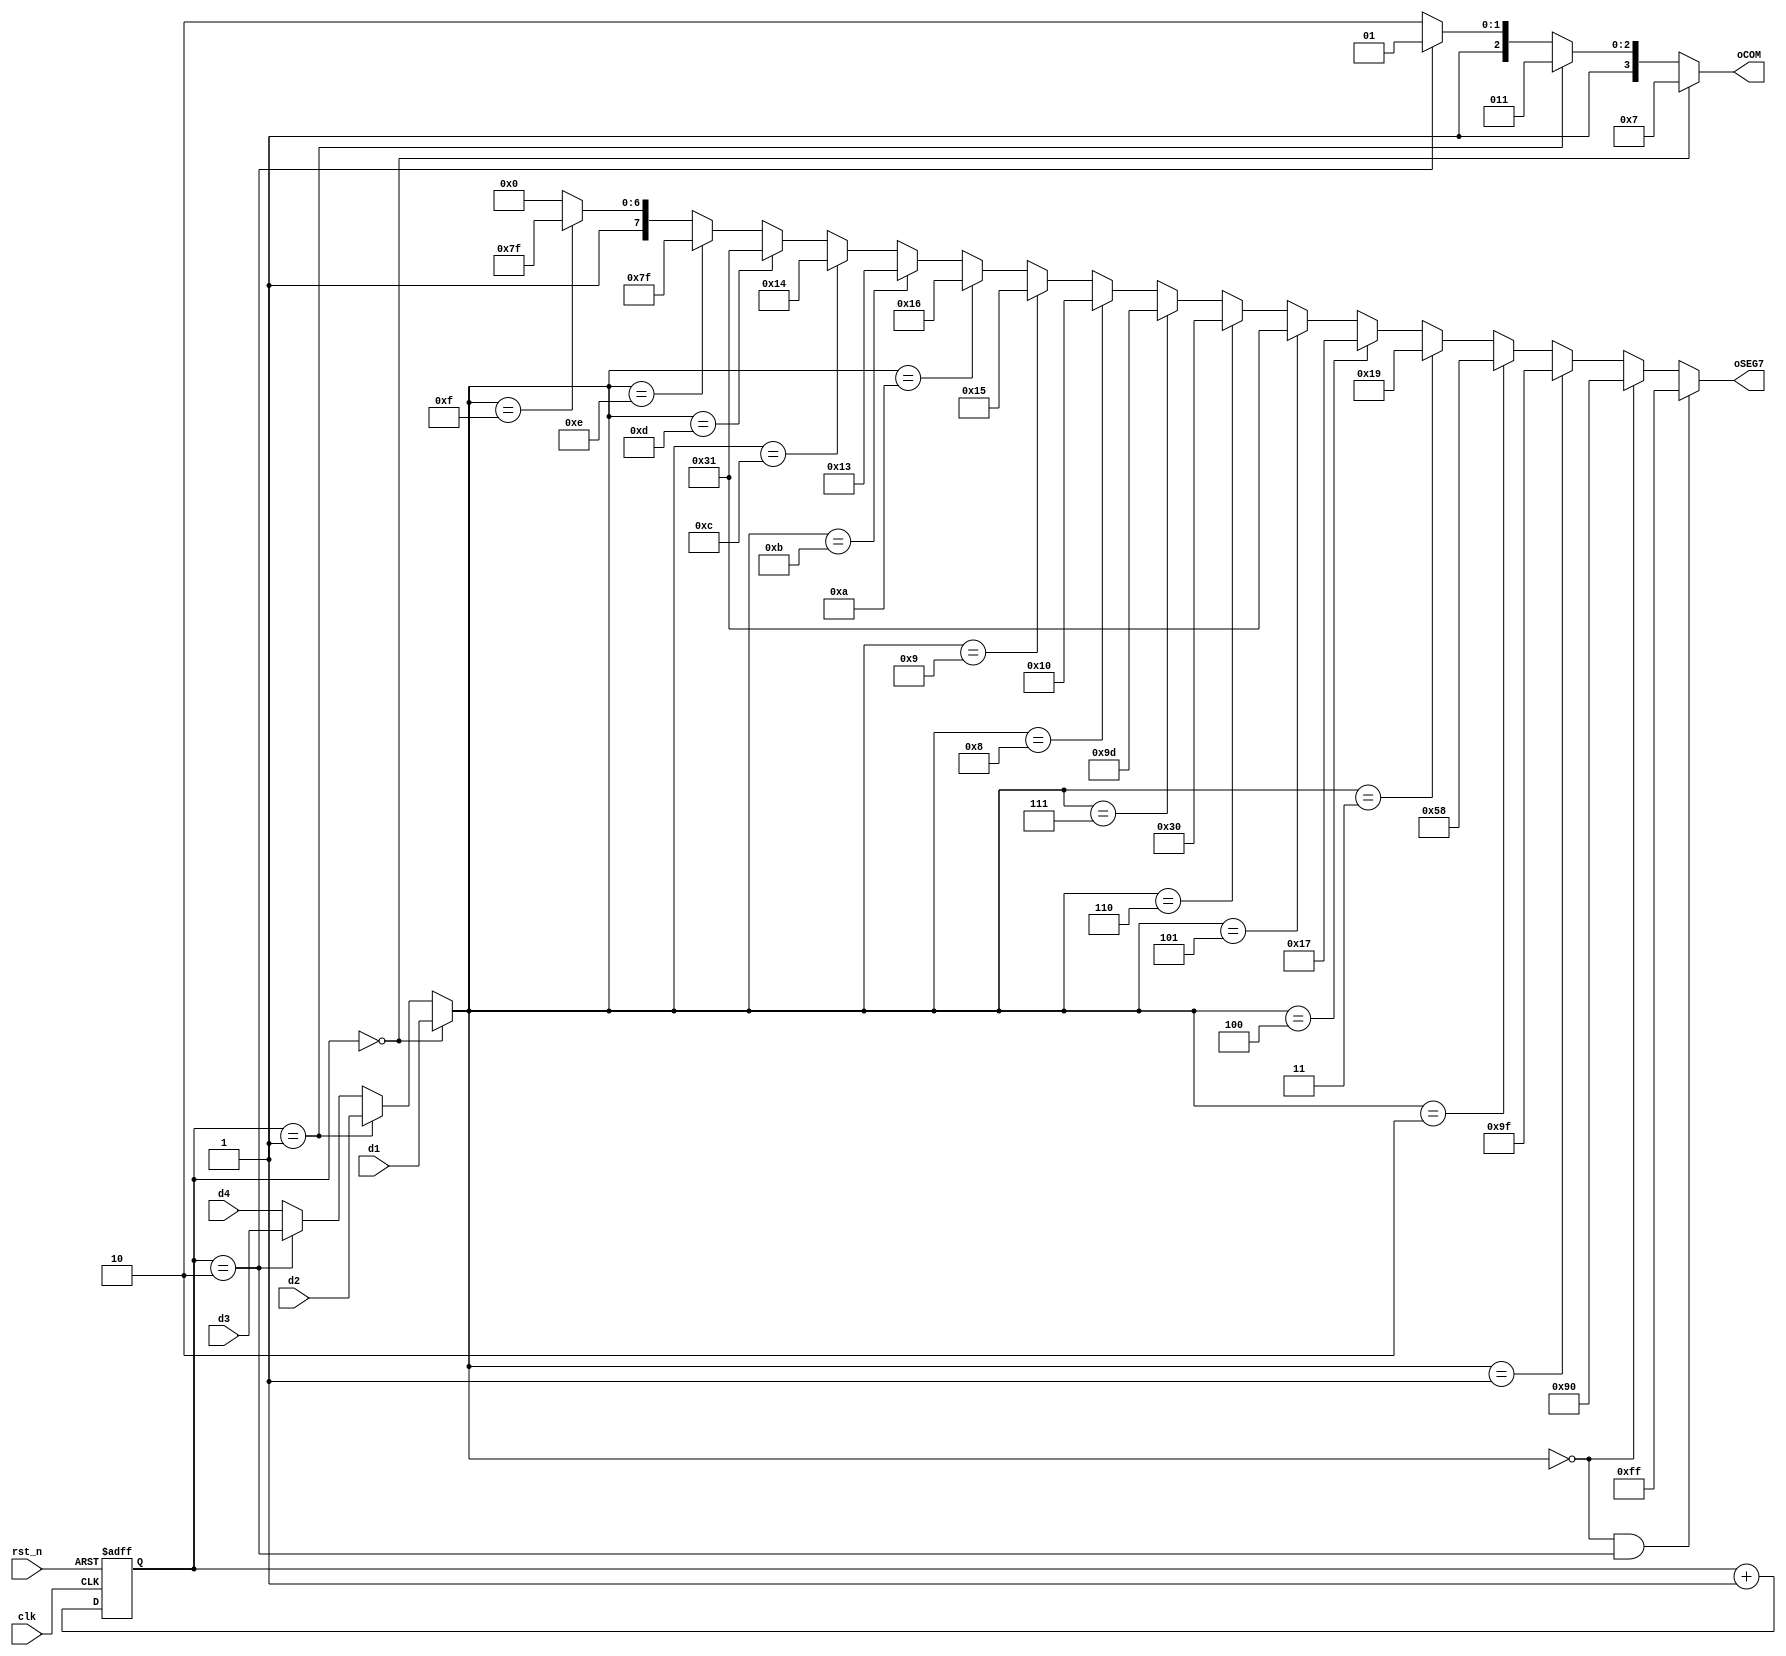

module seven_seg ( oSEG7 , oCOM , clk , rst_n , d4 , d3 , d2 , d1 ) ;
	input clk, rst_n ;
	input [3:0] d4, d3, d2, d1 ;
	output [7:0] oSEG7 ;
	output [3:0] oCOM ;
	reg [7:0] oSEG7 ;
	reg [1:0] stat ;
	reg [3:0] digit ;
	reg [3:0] oCOM ;
	

	// FSM
	always @ ( posedge clk or negedge rst_n ) begin
		if ( !rst_n ) begin
			stat <= 2'b00 ;
		end else begin
			stat <= stat + 1'b1 ;
		end
	end
	
	// Mux
	always @ (*) begin
		if ( stat == 2'b00 ) digit = d1 ;
		else if ( stat == 2'b01 ) digit = d2 ;
		else if ( stat == 2'b10 ) digit = d3 ;
		else digit = d4 ;
	end
	
	// Decoder_1
	always @ (*) begin
		if ( stat == 2'b00 ) oCOM = 4'b0111 ;
		else if ( stat == 2'b01 ) oCOM = 4'b1011 ;
		else if ( stat == 2'b10 ) oCOM = 4'b1101 ;
		else oCOM = 4'b1110 ;
	end
	
	// Decoder_2
	always @ (*) begin
		if 		( digit == 4'b0000 &&stat==2'b10 ) oSEG7 = 8'b11111111 ;
		else if ( digit == 4'b0000 ) oSEG7 = 8'b10010000 ;
		else if ( digit == 4'b0001 ) oSEG7 = 8'b10011111 ;
		else if ( digit == 4'b0010 ) oSEG7 = 8'b01011000 ;
		else if ( digit == 4'b0011 ) oSEG7 = 8'b00011001 ;
		else if ( digit == 4'b0100 ) oSEG7 = 8'b00010111 ;
		else if ( digit == 4'b0101 ) oSEG7 = 8'b00110001 ;
		else if ( digit == 4'b0110 ) oSEG7 = 8'b00110000 ;
		else if ( digit == 4'b0111 ) oSEG7 = 8'b10011101 ;
		else if ( digit == 4'b1000 ) oSEG7 = 8'b00010000 ;
		else if ( digit == 4'b1001 ) oSEG7 = 8'b00010101 ;
		
		else if ( digit == 4'b1010 ) oSEG7 = 8'b00010110 ;//x
		else if ( digit == 4'b1011 ) oSEG7 = 8'b00010011 ;//y
		else if ( digit == 4'b1100 ) oSEG7 = 8'b00010100 ;//a
		else if ( digit == 4'b1101 ) oSEG7 = 8'b00110001 ;//s
		else if ( digit == 4'b1110 ) oSEG7 = 8'b01111111 ;//-
		else if ( digit == 4'b1111 ) oSEG7 = 8'b11111111 ;//
		else oSEG7 = 8'b10000000 ;
	end
	
endmodule